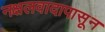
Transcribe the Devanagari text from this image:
नक्षलवादापासून